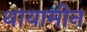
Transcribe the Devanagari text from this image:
थायामीन